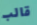
قالب